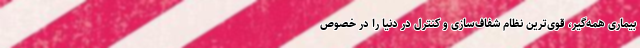
بیماری همه‌گیر، قوی‌ترین نظام شفاف‌سازی و کنترل در دنیا را در خصوص